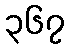
၃၆၇